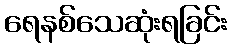
ရေနစ်သေဆုံးရခြင်း